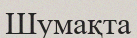
Шумақта